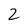
Character: 2